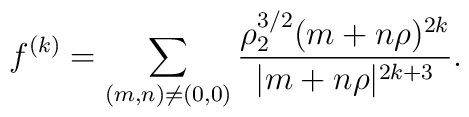
f^{(k)}=\sum_{(m,n)\neq (0,0)}{ \rho_2^{3/2}(m+n\rho)^{2k}\over |m+n\rho|^{2k+3}}.